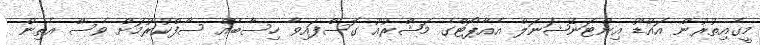
މީގެއިތުރުން އައްޑޫ އިންޓަނޭޝަނަލް އެއާޕޯޓްގެ މަޝްރުއޫ ގޮސްފައިވާ ހިސާބެއް ސާފްކުރުމަށް ވެސް އެތިން